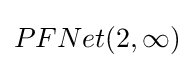
PFNet(2,\infty )